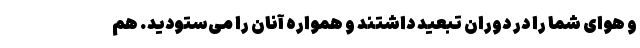
و هوای شما را در دوران تبعید داشتند و همواره آنان را می‌ستودید. هم